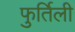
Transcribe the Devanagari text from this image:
फुर्तिली